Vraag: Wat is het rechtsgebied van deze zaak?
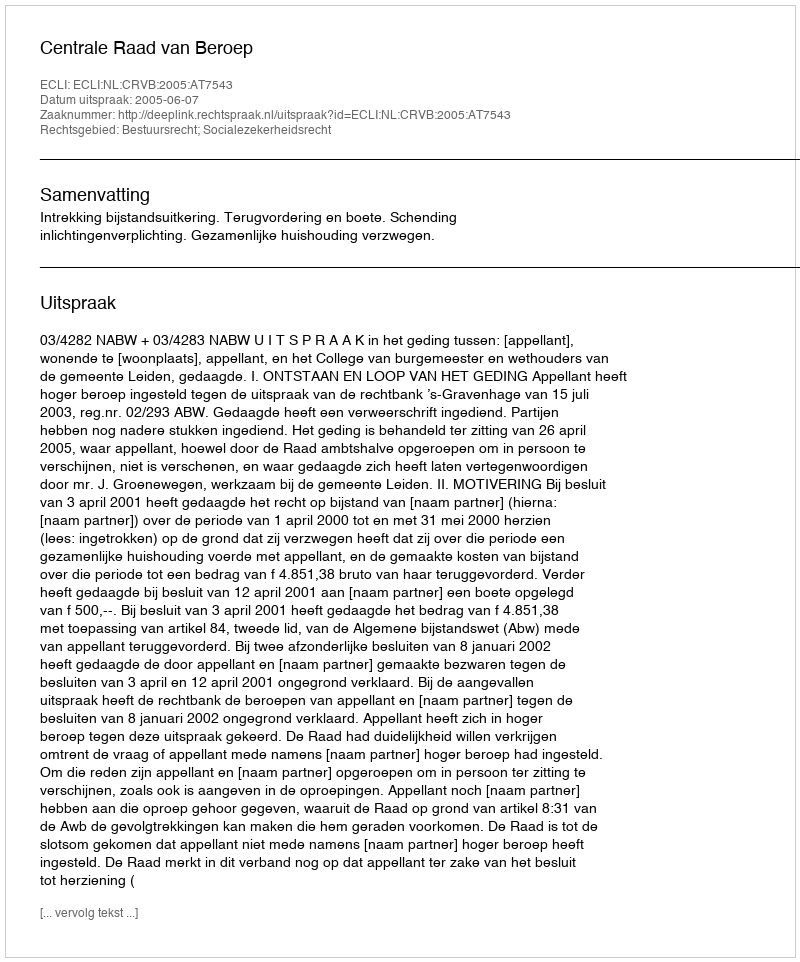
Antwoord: Bestuursrecht; Socialezekerheidsrecht